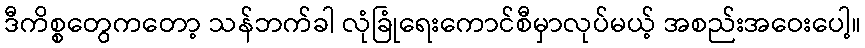
ဒီကိစ္စတွေကတော့ သန်ဘက်ခါ လုံခြုံရေးကောင်စီမှာလုပ်မယ့် အစည်းအဝေးပေါ့။